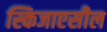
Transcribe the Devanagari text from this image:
स्किजाएसील